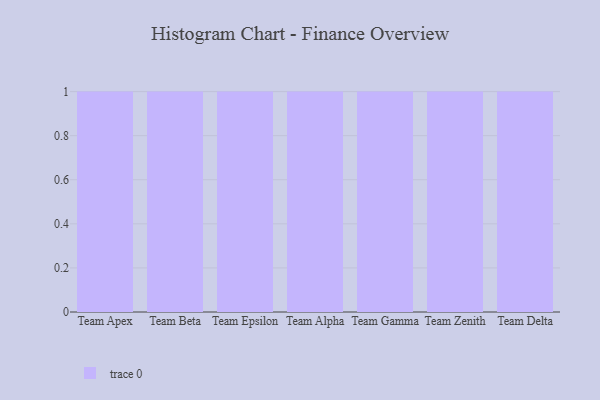
{"axis": {"x": "Team", "y": "Market Share (%)"}, "legend": [""], "data": [{"x": "Team Apex", "y": 47, "type": ""}, {"x": "Team Beta", "y": 63, "type": ""}, {"x": "Team Epsilon", "y": 1, "type": ""}, {"x": "Team Alpha", "y": 100, "type": ""}, {"x": "Team Gamma", "y": 46, "type": ""}, {"x": "Team Zenith", "y": 7, "type": ""}, {"x": "Team Delta", "y": 27, "type": ""}]}